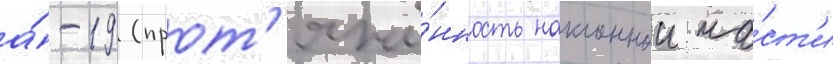
а́-19 (прот'яжё́нность наклоннои ча́ст'и